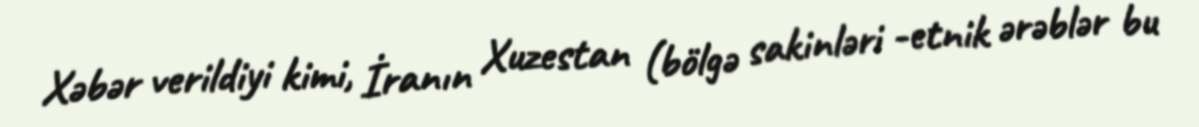
Xəbər verildiyi kimi, İranın Xuzestan (bölgə sakinləri -etnik ərəblər bu